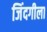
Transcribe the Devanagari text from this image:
जिंदगीला